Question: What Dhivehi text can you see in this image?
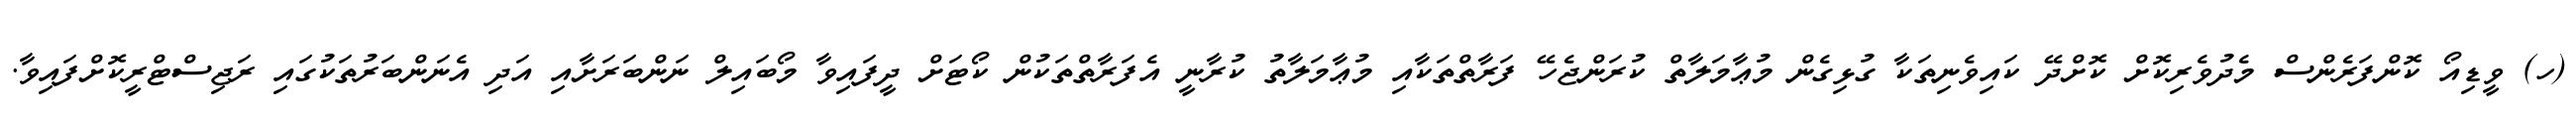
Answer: (ހ) ވީޑިއޯ ކޮންފަރެންސް މެދުވެރިކޮށް ކޮށްދޭ ކައިވެނިތަކާ ގުޅިގެން މުޢާމަލާތް ކުރަންޖެހޭ ފަރާތްތަކާއި މުޢާމަލާތު ކުރާނީ އެފަރާތްތަކުން ކޯޓަށް ދީފައިވާ މޯބައިލް ނަންބަރަށާއި އަދި އެނަންބަރުތަކުގައި ރަޖިސްޓްރީކޮށްފައިވާ.